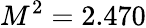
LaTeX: M^{2}=2.470